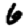
Digit: 6